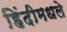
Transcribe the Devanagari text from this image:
हिंदीमधले